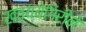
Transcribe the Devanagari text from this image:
खवय्येगिरीने